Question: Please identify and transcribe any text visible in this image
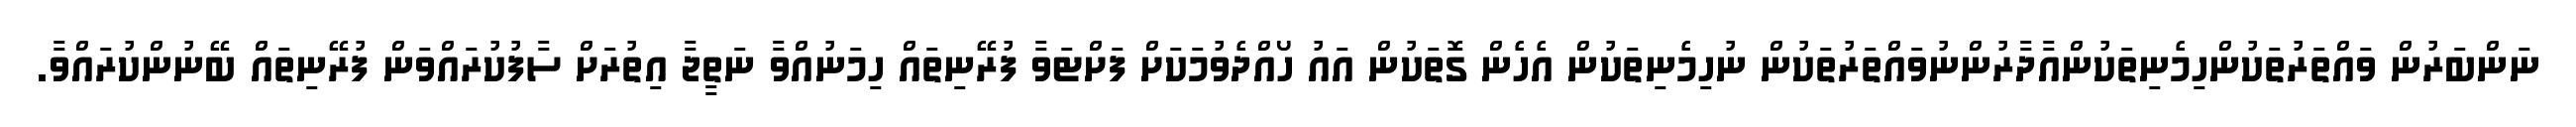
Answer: ނަންބަރުން ވައްތަރުތަކުންހިމެނިތަކުންއާދާރުންނުވައްތަރުތަކުން ނުހިމެނިތަކުން އެހެން ގޮތަކުން އައު ހޯއްދެވުމަކަށް ފަށްޓަވާ ފުރޭނިތައް ހިމަނުއްވާ ނަތީޖާ އިތުރަށް ސާފުކުރައްވަން ފުރޭނިތައް ބޭނުންކުރައްވާ.